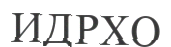
ИДРХО